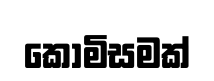
කොමිසමක්